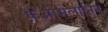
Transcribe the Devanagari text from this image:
फ़ेओमेलानिन